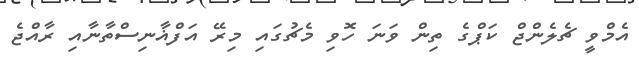
އެމްވީ ޗެލެންޖް ކަޕްގެ ތިން ވަނަ ހޮވި މެޗުގައި މިރޭ އަފްޣާނިސްތާނާއި ރާއްޖެ